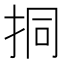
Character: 挏